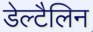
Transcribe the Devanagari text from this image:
डेल्टैलिन